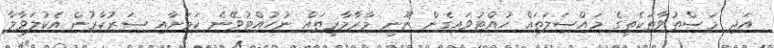
އަދި މަސްތުވާތަކެތީގެ މައްސަލަތައް ހުއްޓުވައިގެން ނޫނީ މާރާމާރީތައް ނުހުއްޓުވޭނެ ކަމަށާއި ސަރުކާރުން އެކުލަވާލާ